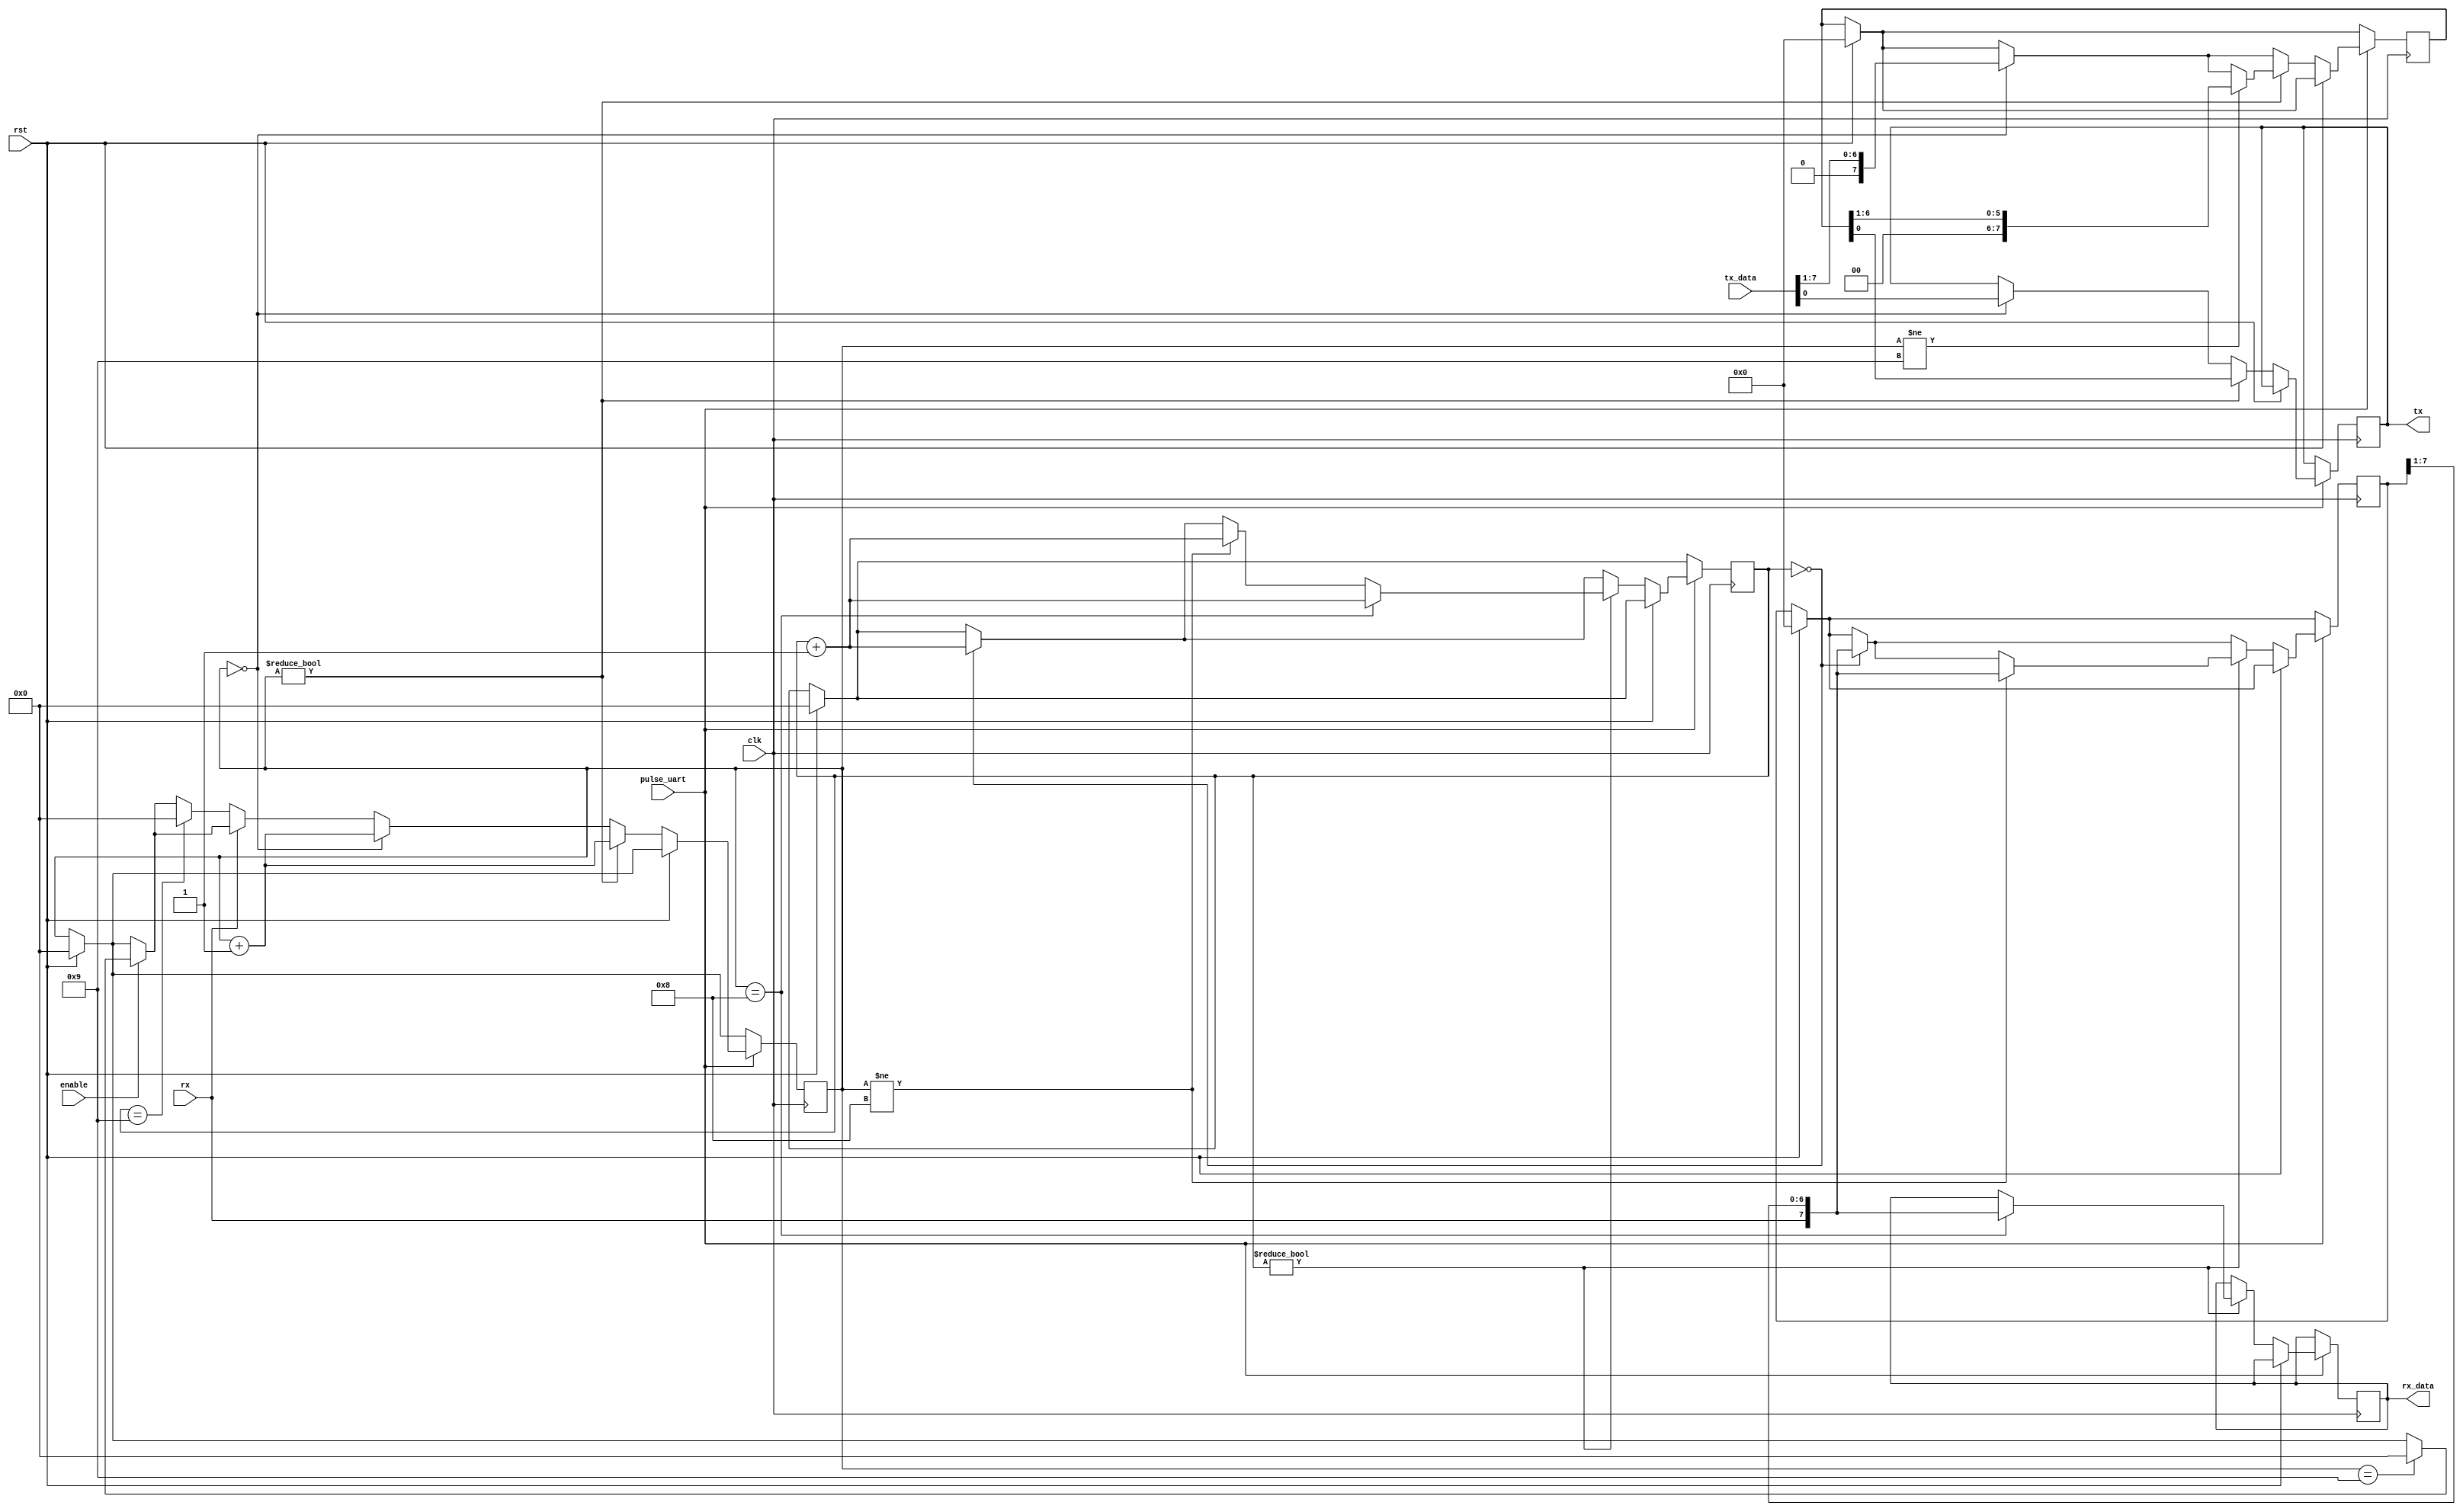
`timescale 1ns / 1ps
//////////////////////////////////////////////////////////////////////////////////
// Company: 
// 
// Design Name: 	Active suspension Controller for ALTERA SOC DE1
// Module Name:    UART 
// Project Name: Active Suspention System
// Target Devices: 
// Tool versions: 
// Description: 
//     This is a uart communication module. Not tested.
// Dependencies: 
//
// Revision: 
// Revision 0.01 - File Created
// Additional Comments: 
//
//////////////////////////////////////////////////////////////////////////////////
module uart(
clk,
pulse_uart,
enable,
rst,
tx_data,
rx,
rx_data,
tx
    );
//------------
// parameters
//-------------

//------------
// input ports
//-------------
input 						clk;
input 						pulse_uart;
input 						rst;
input 						enable;
input 	[7:0]				tx_data;
input 						rx;
//------------
// output ports
//-------------
output 	reg [7:0]	 	rx_data = 0;
output 	reg				tx = 0;
//---------------------
// bidirectional ports
//--------------------

//----------
// registers
//-----------
reg 	[4:0] 	count_tx = 0;
reg 	[4:0] 	count_rx = 0;
reg 	[7:0] 	shift_reg_tx = 0;
reg 	[7:0]  	shift_reg_rx = 0;
//--------
// wires
//-------



always @(posedge clk )
	begin
		if (rst)
			begin
				count_tx <= 0;
				count_rx <= 0;
				shift_reg_tx <= 0;
				shift_reg_rx <= 0;
			end
		if(pulse_uart)
			begin
				if (~rst)
					begin
						if(enable)
							if (count_tx == 9)
								count_tx <= 0;
						if(~rx)
							if (count_rx == 9)
								begin
									count_tx <= 0;
								end
						if (count_tx == 0)
							begin
								shift_reg_tx <= tx_data[7:1];
								tx    <= tx_data[0];
								count_tx <= count_tx + 1'b1;
							end
						if (count_tx != 0)
							begin
								if (count_tx != 9)
									shift_reg_tx <= {1'b0, shift_reg_tx[6:1]};
									tx  <= shift_reg_tx[0];
									count_tx <= count_tx + 1'b1;
							end
						if (count_rx == 0)
							begin
								shift_reg_rx <= { rx , shift_reg_rx[7:1]};
								count_rx <= count_rx + 1'b1;
							end
						if (count_rx != 0)
							begin
								if (count_tx != 8)
									begin
										shift_reg_rx <= { rx , shift_reg_rx[7:1]};
										count_rx <= count_rx + 1'b1;
									end
								if (count_tx == 8)
									begin
										rx_data <= { rx , shift_reg_rx[7:1]};
										count_rx <= count_rx + 1'b1;
									end		
							end				
					end
				end
	end
endmodule